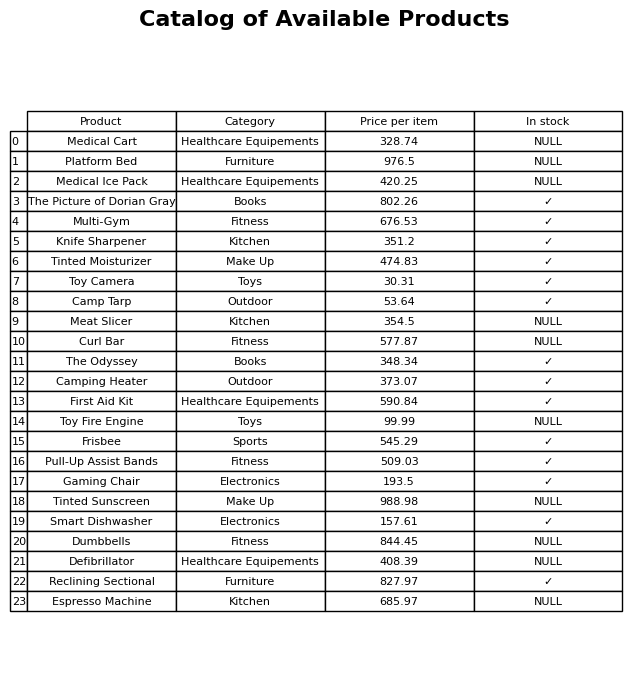
question: Which products are available in stock?
answer: The Picture of Dorian Gray, Multi-Gym, Knife Sharpener, Tinted Moisturizer, Toy Camera, Camp Tarp, The Odyssey, Camping Heater, First Aid Kit, Frisbee, Pull-Up Assist Bands, Gaming Chair, Smart Dishwasher, Reclining Sectional